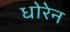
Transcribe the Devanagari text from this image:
धोरेन